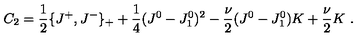
C _ { 2 } = { \frac { 1 } { 2 } } \{ J ^ { + } , J ^ { - } \} _ { + } + { \frac { 1 } { 4 } } ( J ^ { 0 } - J _ { 1 } ^ { 0 } ) ^ { 2 } - { \frac { \nu } { 2 } } ( J ^ { 0 } - J _ { 1 } ^ { 0 } ) K + { \frac { \nu } { 2 } } K \ .